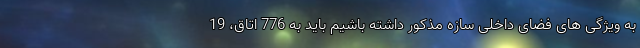
به ویژگی های فضای داخلی سازه مذکور داشته باشیم باید به 776 اتاق، 19